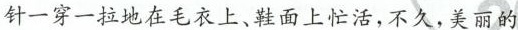
针一穿一拉地在毛衣上、鞋面上忙活，不久，美丽的